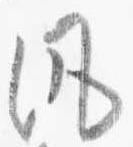
風